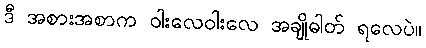
ဒီ အစားအစာက ဝါးလေဝါးလေ အချိုဓါတ် ရလေပဲ။